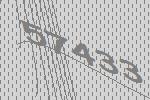
57433